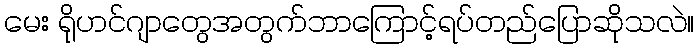
မေး ရိုဟင်ဂျာတွေအတွက်ဘာကြောင့်ရပ်တည်ပြောဆိုသလဲ။